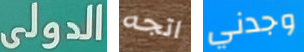
الدولى اتجه وجدني